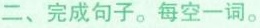
二、完成句子。每空一词。